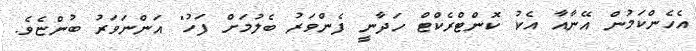
އެހެންކަމުން އޭނާއާ އެކު ކޮންޓްރެކްޓް ހަދާނީ ފެންވަރު ބެލުމަށް ފަހު" އަންނަވަރު ބުންޏެވެ.